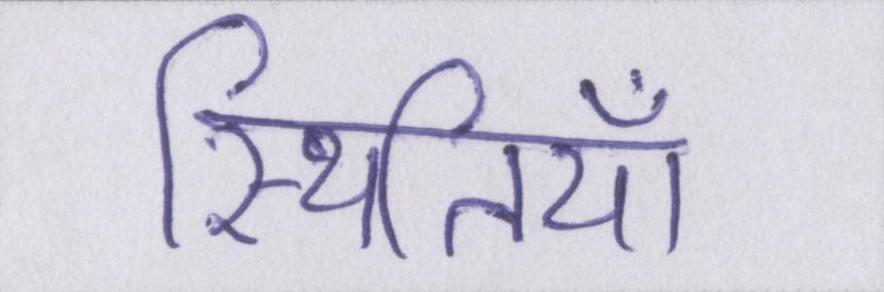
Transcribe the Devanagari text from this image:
स्थितियाँ